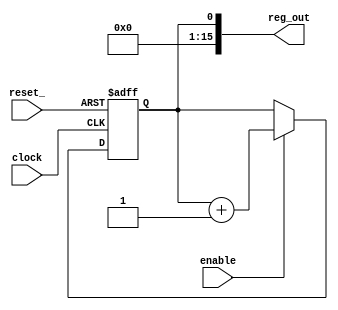
module r_pc(reset_,
            enable,
            clock,
            reg_out);
// Location of source csl unit: file name = mbist_datapath.csl line number = 18
//  Bitrange of state register port for register module r_pc is of another type than number. No evaluation support available. Default is [0:0].
  parameter MIN_VALUE = {0 {1'b0}};
  input reset_;
  input enable;
  input clock;
  output [16 - 1:0] reg_out;
  reg st_reg;
  assign   reg_out = st_reg;

  always @( posedge clock or negedge reset_ )  begin 
    if ( ~(reset_) )  begin 
      st_reg <= MIN_VALUE;
    end
    else if ( enable )  begin 
        st_reg <= st_reg + 1;
      end
  end
  endmodule